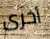
أخرى